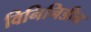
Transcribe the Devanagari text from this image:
विनिनिडीन